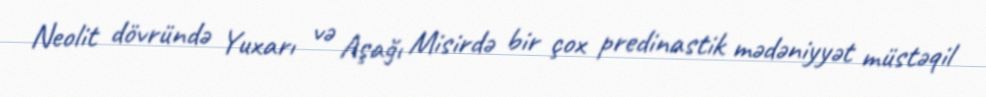
Neolit dövründə Yuxarı və Aşağı Misirdə bir çox predinastik mədəniyyət müstəqil